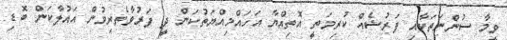
ވީމާ ސުންނަތަކާއި ފަރުޟެއް ކުރިމަތީ އޮތިއްޔާ އަހައްމިއްޔަތުކަން ދީ ފަރުވާތެރިވުން އައުލާކަން ބޮޑި